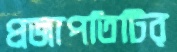
প্রজাপতিটির